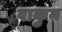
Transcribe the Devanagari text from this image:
वाकुन